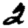
Digit: 2